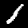
Digit: 1